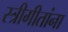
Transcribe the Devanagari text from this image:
स्त्रीगीतांना